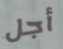
أجل